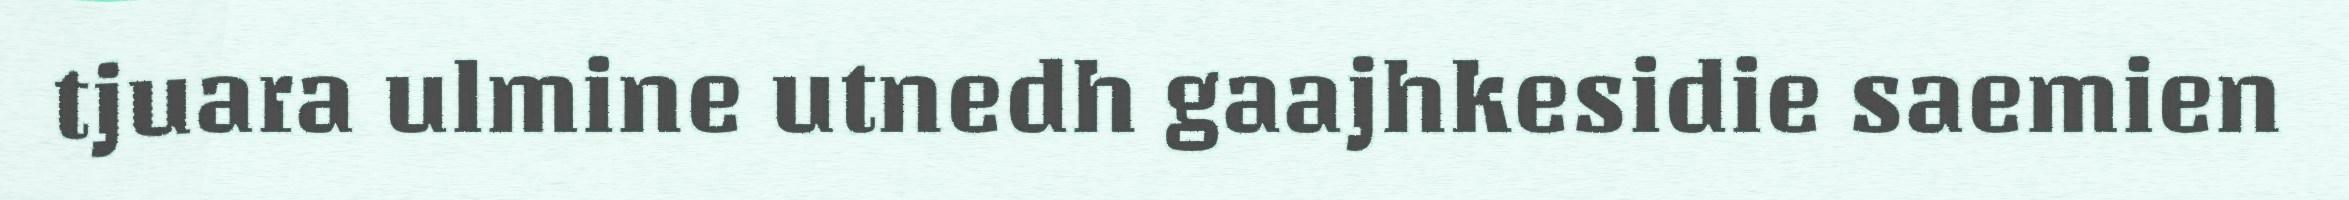
tjuara ulmine utnedh gaajhkesidie saemien